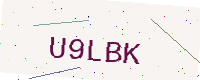
Text: U9LBK